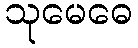
သုမေဓေ